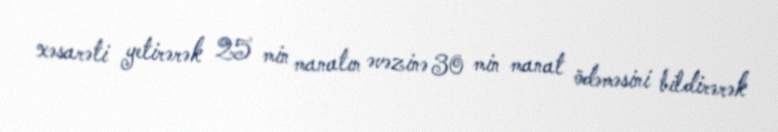
xəsarəti yetirərək 25 min manatın əvəzinə 30 min manat ödəməsini bildirərək